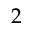
2